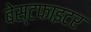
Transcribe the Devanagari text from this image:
बेस्टफाइटर